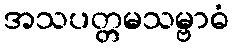
အသပတ္တမသမ္ဗာဓံ